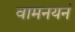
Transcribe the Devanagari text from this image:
वामनयनं